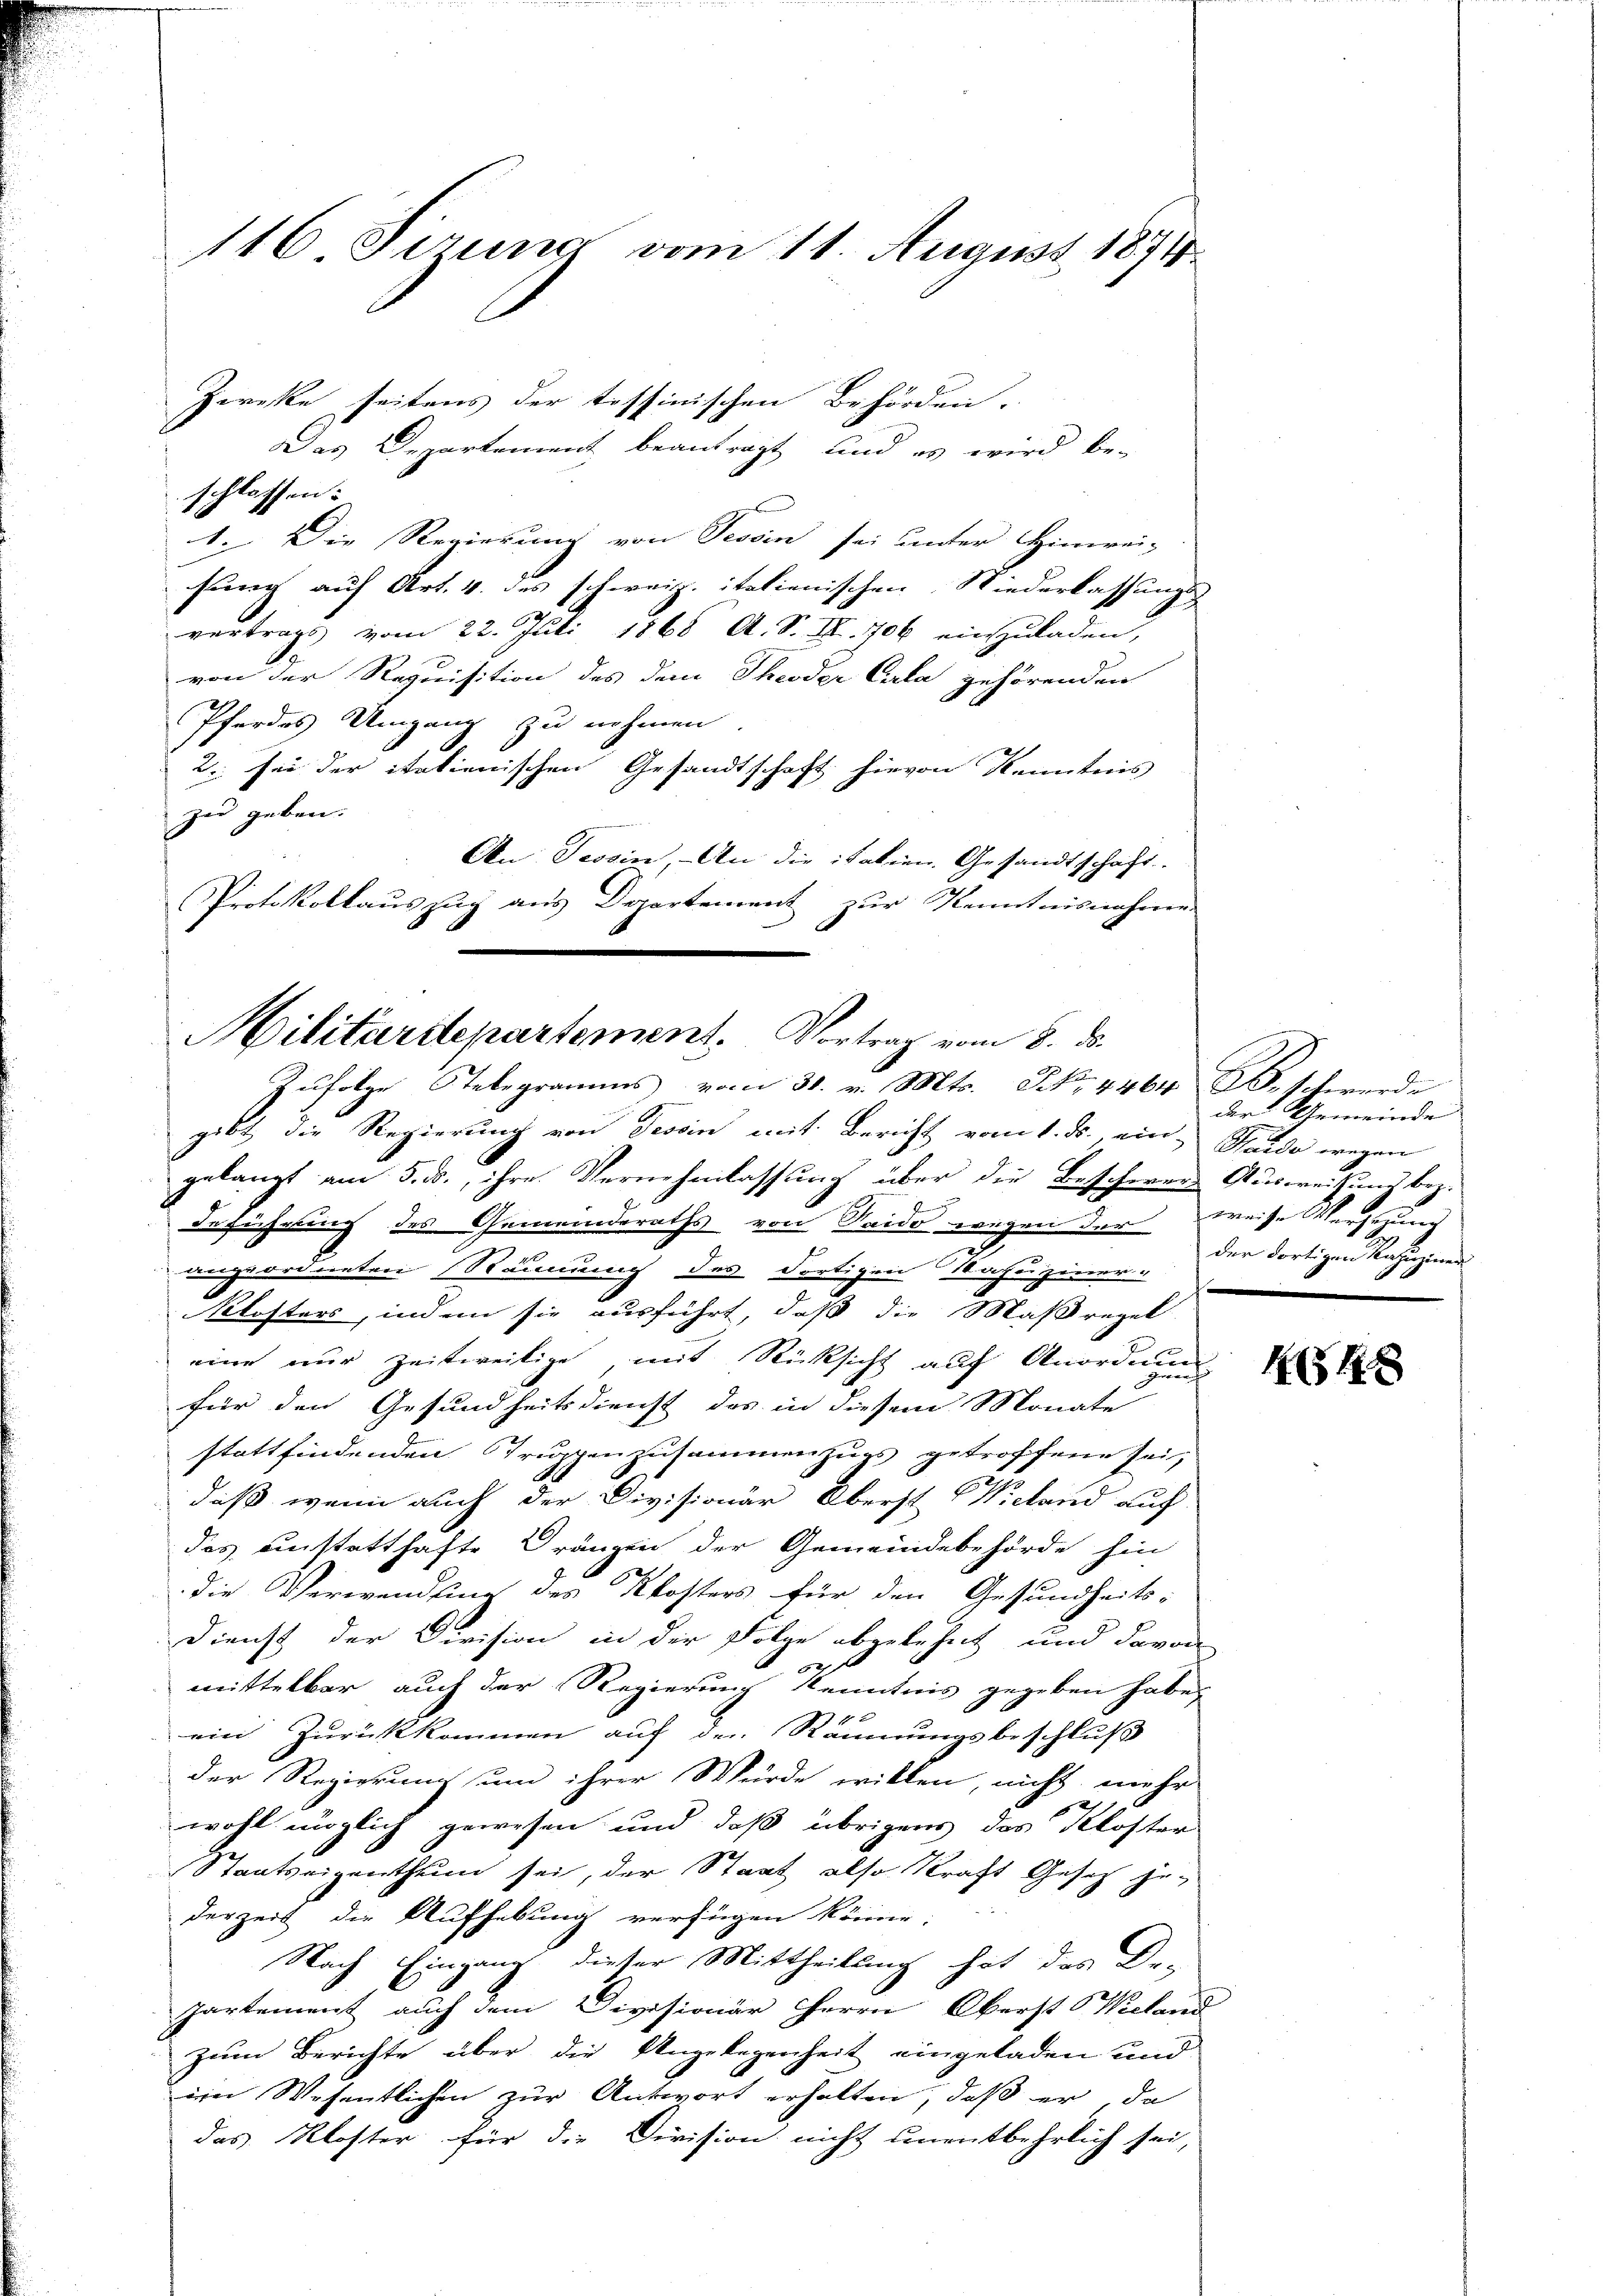
1416 Sirung vom 11. August 1871.

Zwecke seitens der tessinischen Behörden.
Das Departement beantragt, und es wird be-
schlassen:
1. Die Regierung von Tessin sei unter Hinwei-
sung auf Art. 4. des schweiz. italienischen Niederlassungs-
vertrags vom 22. Juli 1865 A. S. Nr. 706 einzuladen,
von der Requisition des dem Theoder Cala gehörenden
Pfordes Umgang zu nehmen
2. sei der italienischen Gesandtschaft hievon Kenntnis
zu geben.
An Tessin, - An die italien. Gesandtschaft
Protokollauszug aus Departement zur Kenntnisnahme

Militäritepartement. Vortrag vom 8. ds.
Zufolge Stelegramms vom 31. v. Mts. No. 4464 Beschwerde

gibt die Regierung von Tessin mit Bericht vom 1. ds. ein Scheide wegen
gelangt am 5. ds., ihre Vernehmlassung über die Beschwere Ausweisung bez.
Geführung des Gemeinderaths von Seide wegen der weise Versezung
angeordneten Räumung des Fortigen Kapuziner
Klosters, indem sie ausführt, daß die Maßregel-
eine nur zeitweilige mit Rücksicht auf Anordnung
für den Gesundheitsdienst das in diesem Monate
stattfindenden Truppenzusammenzugs getroffene sei,
daß wenn auch der Divisionär Oberst Wieland auf
das einstatthafte Gränzen der Gemeindebehörde hin
die Verwandlung des Klosters für den Gesundheits-
Dienst der Division in der Folge abgelehnt und davon
mittelbar auch der Regierung Kenntnis gegeben habe,
ein Zurückkommen auf den Räumungsbeschluß
der Regierung um ihrer Würde willen, nicht mehr
wohl möglich gewesen und daß übrigens das Kloster
Staatseigenthum sei, der Staat also kraft Gesetz gederzeit die Aufhebung verfügen könne;
Nach Eingang dieser Mittheilung hat das De-
partement auch dem Divisionär Herrn Oberst Wieland
zum Berichte über die Angelegenheit eingeladen und
eim Wesentlichen zur Antwort erhalten, daß er da
das Kloster für die Division nicht unentbehrlich sei,

der Gemeinde
der dortigen Kapuziner

1548